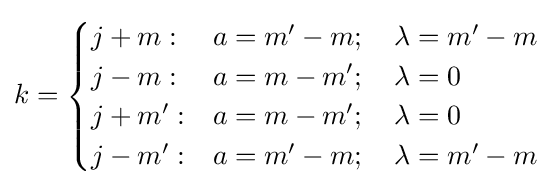
k={\begin{cases}j+m:&a=m'-m;\quad \lambda =m'-m\\j-m:&a=m-m';\quad \lambda =0\\j+m':&a=m-m';\quad \lambda =0\\j-m':&a=m'-m;\quad \lambda =m'-m\\\end{cases}}